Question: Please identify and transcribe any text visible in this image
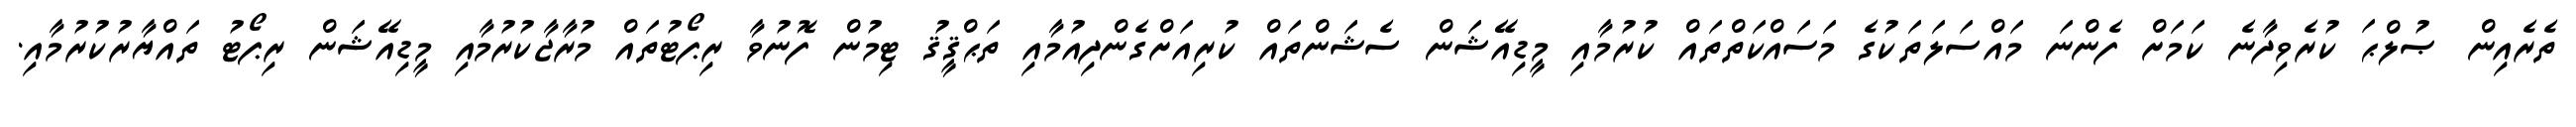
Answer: ތެރެއިން ޞުލްޙަ ކުރެވިދާނެ ކަމަށް ފެންނަ މައްސަލަތަކުގެ މަސައްކަތްތައް ކުރުމާއި މީޑިއޭޝަން ސެޝަންތައް ކުރިއަށްގެންދިއުމާއި ތަޙްޤީޤު ޓިމުން ފޮނުވާ ރިޕޯޓުތައް މުރާޖާކުރުމާއި މީޑިއޭޝަން ރިޕޯޓު ތައްޔާރުކުރުމާއި.